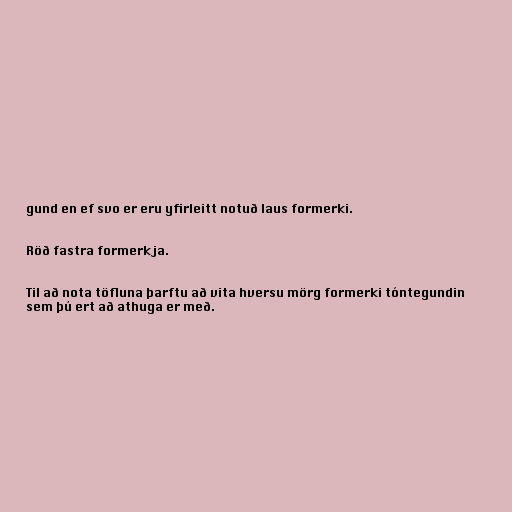
gund en ef svo er eru yfirleitt notuð laus formerki.

Röð fastra formerkja.

Til að nota töfluna þarftu að vita hversu mörg formerki tóntegundin
sem þú ert að athuga er með.